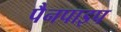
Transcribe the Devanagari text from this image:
पैनपाइप